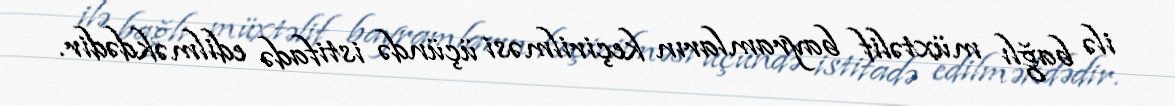
ilə bağlı müxtəlif bayramların keçirilməsi üçündə istifadə edilməkdədir.